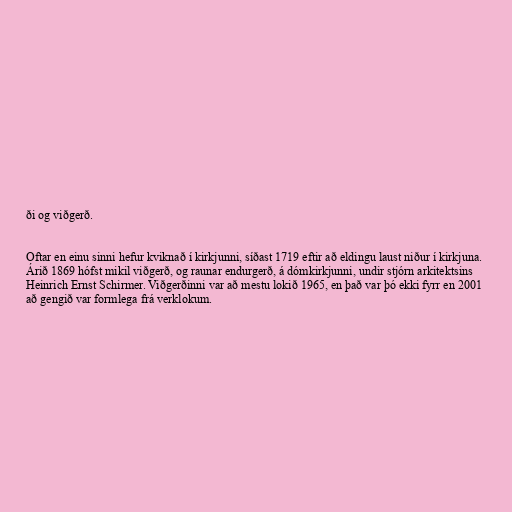
ði og viðgerð.

Oftar en einu sinni hefur kviknað í kirkjunni, síðast 1719 eftir að eldingu laust niður í kirkjuna.
Árið 1869 hófst mikil viðgerð, og raunar endurgerð, á dómkirkjunni, undir stjórn arkitektsins
Heinrich Ernst Schirmer. Viðgerðinni var að mestu lokið 1965, en það var þó ekki fyrr en 2001
að gengið var formlega frá verklokum.